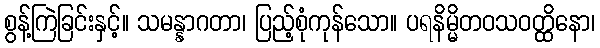
စွန့်ကြဲခြင်းနှင့်။ သမန္နာဂတာ၊ ပြည့်စုံကုန်သော။ ပရနိမ္မိတဝသဝတ္ထိနော၊